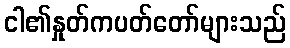
ငါ၏နှုတ်ကပတ်တော်များသည်